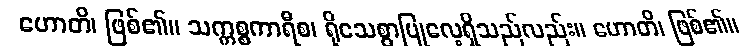
ဟောတိ၊ ဖြစ်၏။ သက္ကစ္စကာရီစ၊ ရိုသေစွာပြုလေ့ရှိသည်လည်း။ ဟောတိ၊ ဖြစ်၏။